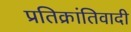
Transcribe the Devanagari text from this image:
प्रतिक्रांतिवादी